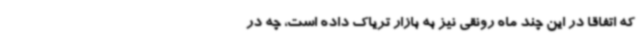
که اتفاقا در این چند ماه رونقی نیز به بازار تریاک داده‌ است،‌ چه در